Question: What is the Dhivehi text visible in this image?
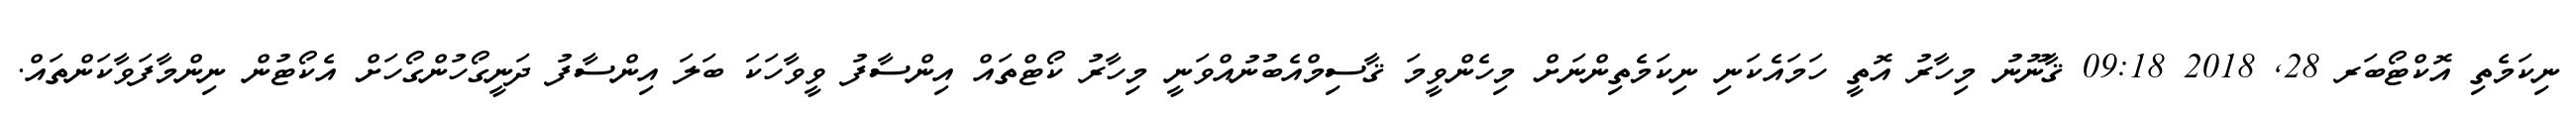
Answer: ނިކަމެތި އޮކްޓޯބަރ 28, 2018 09:18 ޤާނޫނު މިހާރު އޮތީ ހަމައެކަނި ނިކަމެތިންނަށް މިހެންވީމަ ޤާސިމްއެބުނުއްވަނީ މިހާރު ކޯޓްތައް އިންސާފު ވީވާހަކަ ބަލަ އިންސާފު ދަނީގޯހުންގޯހަށް އެކޯޓުން ނިންމާފަވާކަންތައް.